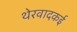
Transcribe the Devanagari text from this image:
थेरवादकई